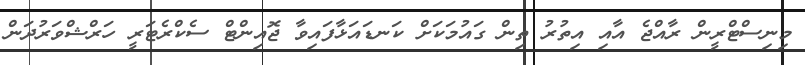
މިނިސްޓްރީން ރާއްޖެ އާއި އިތުރު ތިން ގައުމަކަށް ކަނޑައަޅާފައިވާ ޖޮއިންޓް ސެކްރެޓަރީ ހަރްޝްވަރުދަން